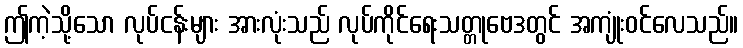
ဤကဲ့သို့သော လုပ်ငန်းများ အားလုံးသည် လုပ်ကိုင်ရေးသတ္တုဗေဒတွင် အကျုံးဝင်လေသည်။